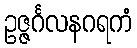
ဥဇ္ဇင်္ဂလနဂရကံ